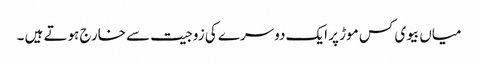
میاں بیوی کس موڑ پر ایک دوسرے کی زوجیت سے خارج ہوتے ہیں ۔